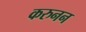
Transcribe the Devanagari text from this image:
करुनन